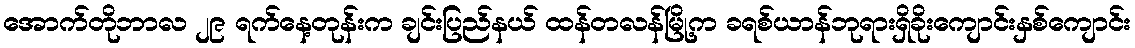
အောက်တိုဘာလ ၂၉ ရက်နေ့တုန်းက ချင်းပြည်နယ် ထန်တလန်မြို့က ခရစ်ယာန်ဘုရားရှိခိုးကျောင်းနှစ်ကျောင်း